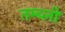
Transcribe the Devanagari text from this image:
तम्ब्ली